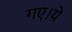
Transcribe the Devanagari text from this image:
गए।ये